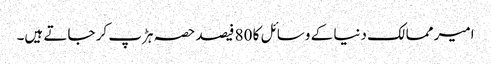
امیر ممالک دنیا کے وسائل کا 80 فیصد حصہ ہڑپ کر جاتے ہیں۔